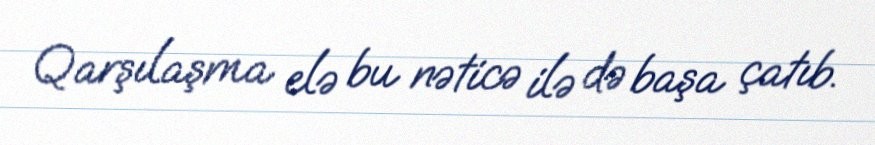
Qarşılaşma elə bu nəticə ilə də başa çatıb.